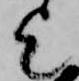
歟